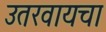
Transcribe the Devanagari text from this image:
उतरवायचा